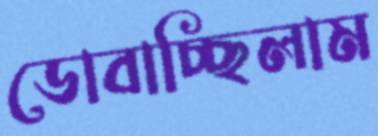
ডোবাচ্ছিলাম